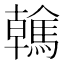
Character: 䮧